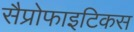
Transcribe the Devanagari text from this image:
सैप्रोफाइटिकस